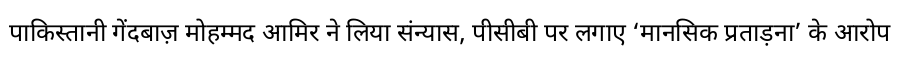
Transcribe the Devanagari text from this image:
पाकिस्तानी गेंदबाज़ मोहम्मद आमिर ने लिया संन्यास, पीसीबी पर लगाए ‘मानसिक प्रताड़ना’ के आरोप